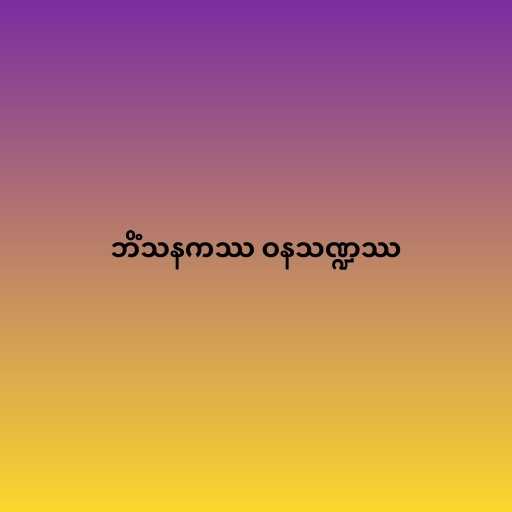
ဘိံသနကဿ ဝနသဏ္ဍဿ